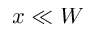
x \ll W